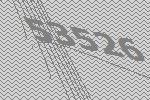
53526